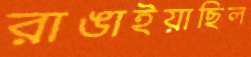
রাঙাইয়াছিল